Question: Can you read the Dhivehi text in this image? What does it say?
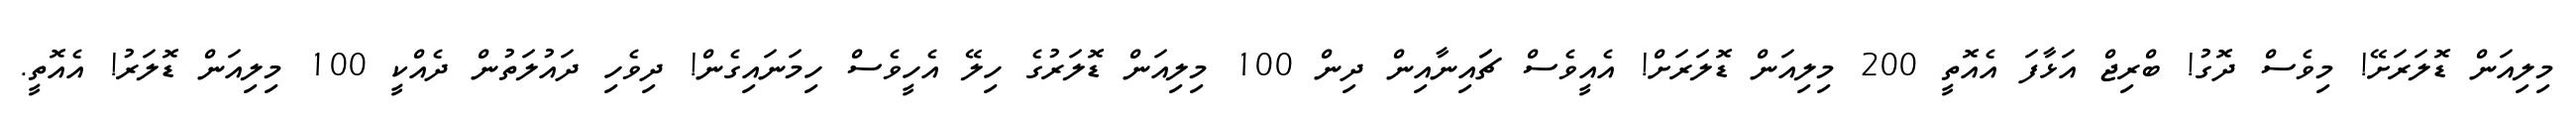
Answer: މިލިއަން ޑޮލަރަށޭ! މިވެސް ދޮގު! ބްރިޖް އަޅާފަ އެއޮތީ 200 މިލިއަން ޑޮލަރަށް! އެއީވެސް ޗަައިނާއިން ދިން 100 މިލިއަން ޑޮލަރުގެ ހިލޭ އެހީވެސް ހިމަނައިގެން! ދިވެހި ދައުލަތުން ދެއްކީ 100 މިލިއަން ޑޮލަރު! އެއޮތީ.